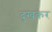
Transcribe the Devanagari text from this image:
दुखकर